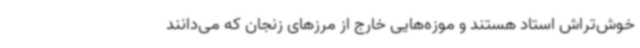
خوش‌تراش استاد هستند و موزه‌هایی خارج از مرزهای زنجان که می‌دانند